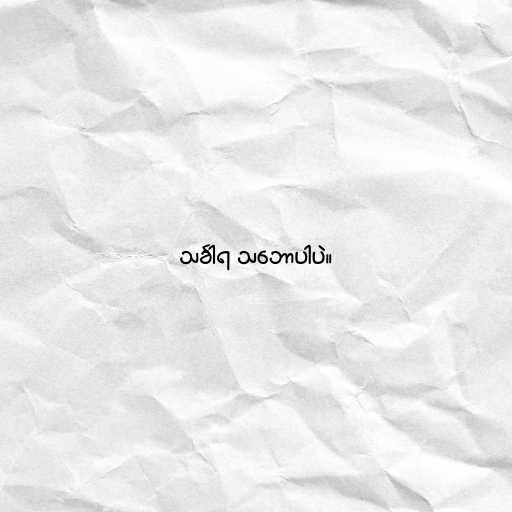
သင်္ခါရ သ‌ဘောပါပဲ။